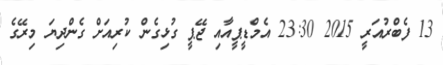
13 ފެބްރުއަރީ 2015 23:30 އެމްޑީޕީއާއި ޖޭޕީ ގުޅިގެން ކުރިއަށް ގެންދިޔަ މިރޭގެ